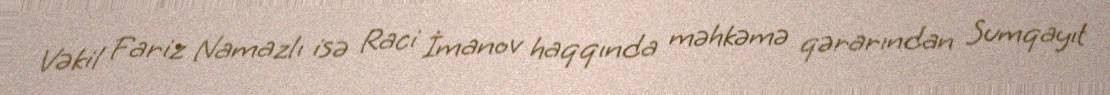
Vəkil Fariz Namazlı isə Raci İmanov haqqında məhkəmə qərarından Sumqayıt